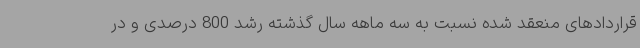
قراردادهای منعقد شده نسبت به سه ماهه سال گذشته رشد 800 درصدی و در